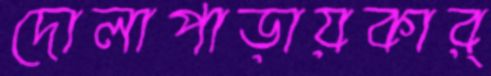
দোলাপাড়ায়কার্